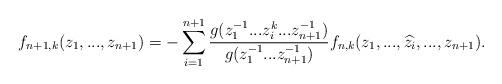
LaTeX: \begin{align*}f_{n+1,k}(z_1,...,z_{n+1})=-\sum_{i=1}^{n+1}\frac{g(z_1^{-1}...z_i^k...z_{n+1}^{-1})}{g(z_1^{-1}...z_{n+1}^{-1})}f_{n,k}(z_1,...,\widehat{z_i},...,z_{n+1}). \end{align*}